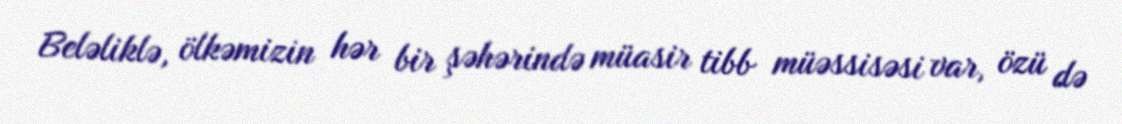
Beləliklə, ölkəmizin hər bir şəhərində müasir tibb müəssisəsi var, özü də